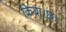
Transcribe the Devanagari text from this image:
किया।छः